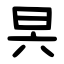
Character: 昗